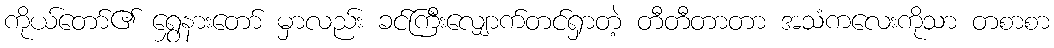
ကိုယ်တော်၏ ရွှေနားတော် မှာလည်း ခင်ကြီးလျှောက်တင်ရှာတဲ့ တီတီတာတာ အသံကလေးကိုသာ တစာစာ